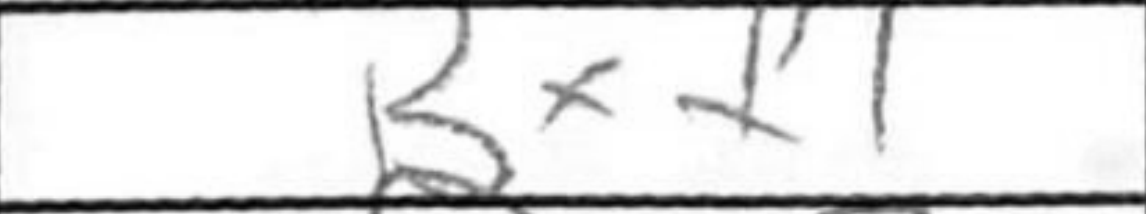
Transcription: Bxf7